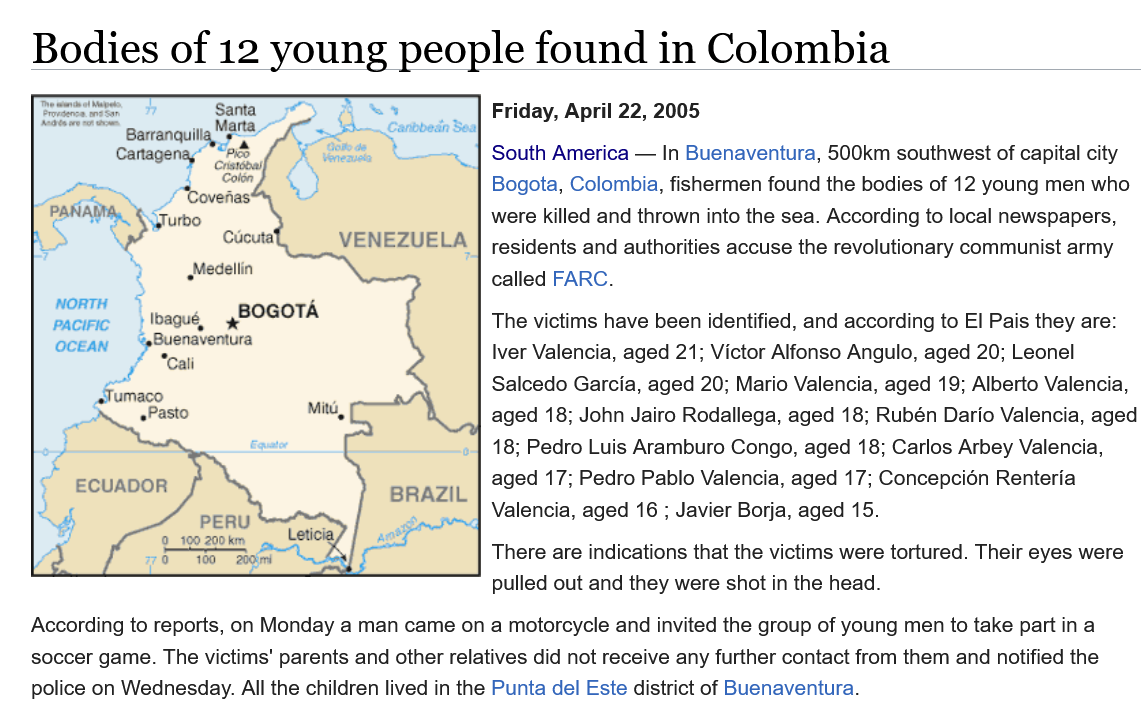
Bodies    of   12  young    people    found    in   Colombia
     South America
     —
     In Buenaventura, 500km southwest of capital city
     Bogota, Colombia, fishermen found the bodies of 12 young men who
     were killed and thrown into the sea. According to local newspapers,
     residents and authorities accuse the revolutionary communist army
     called FARC.
     There are indications that the victims were tortured. Their eyes were
     pulled out and they were shot in the head.
   According to reports, on Monday a man came on a motorcycle and invited the group of young men to take part ina
   soccer game. The victims’ parents and other relatives did not receive any further contact from them and notified the
   police on Wednesday. All the children lived in the Punta del Este district of Buenaventura.
     0
     Friday, April 22, 2005
     The victims have been identified, and according to El Pais they are:
     Iver Valencia, aged 21; Victor Alfonso Angulo, aged 20; Leonel
     Salcedo Garcia, aged 20; Mario Valencia, aged 19; Alberto Valencia,
     aged 18; John Jairo Rodallega, aged 18; Rubén Dario Valencia, aged
     18; Pedro Luis Aramburo Congo, aged 18; Carlos Arbey Valencia,
     aged 17; Pedro Pablo Valencia, aged 17; Concepcién Renteria
     Valencia, aged 16 ; Javier Borja, aged 15.